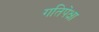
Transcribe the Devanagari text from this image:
गतिपेक्षा